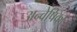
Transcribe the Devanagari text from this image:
अन्वेषिका